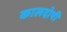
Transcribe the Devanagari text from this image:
कालदोषी